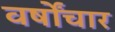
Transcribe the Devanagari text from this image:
वर्षोंचार